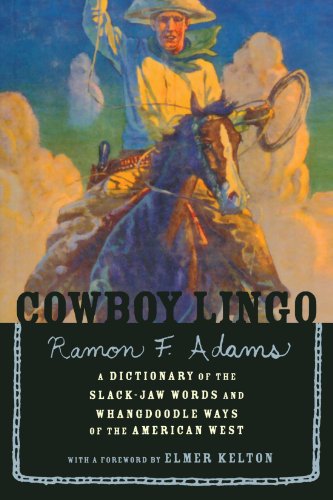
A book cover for Cowboy Lingo; Ramon F. Adams; Reference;